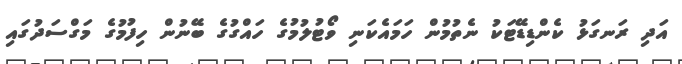
އަދި ރަނގަޅު ކެންޑިޑޭޓަކު ނެތުމުން ހަމައެކަނި ވޯޓުލުމުގެ ހައްގުގެ ބޭނުން ހިފުމުގެ މަގްސަދުގައި